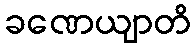
ခဏေယျာတိ